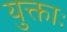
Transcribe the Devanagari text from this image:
युक्ताः